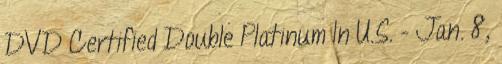
DVD Certified Double Platinum In U.S. - Jan. 8,